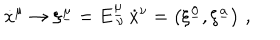
LaTeX: { \dot { x } } ^ { \mu } \to \xi ^ { \underline { { { \mu } } } } = E _ { \ \nu } ^ { \underline { { { \mu } } } } \, { \dot { x } } ^ { \nu } = \left( \xi ^ { \underline { { { 0 } } } } , \xi ^ { \underline { { { a } } } } \right) \, ,